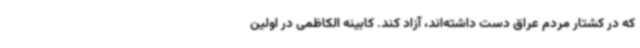
که در کشتار مردم عراق دست داشته‌اند، آزاد کند. کابینه الکاظمی در اولین